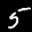
Label: 5